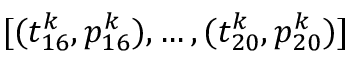
[ ( t _ { 1 6 } ^ { k } , p _ { 1 6 } ^ { k } ) , \dots , ( t _ { 2 0 } ^ { k } , p _ { 2 0 } ^ { k } ) ]